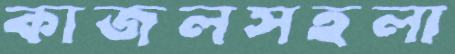
কাজলসহলা